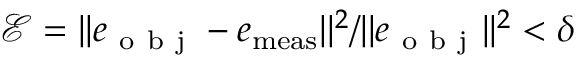
\mathcal { E } = | | e _ { \mathrm { ~ o ~ b ~ j ~ } } - e _ { \mathrm { m e a s } } | | ^ { 2 } / | | e _ { \mathrm { ~ o ~ b ~ j ~ } } | | ^ { 2 } < \delta